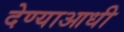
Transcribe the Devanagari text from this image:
देण्याआधी